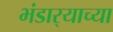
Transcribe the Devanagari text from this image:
भंडार्‍याच्या